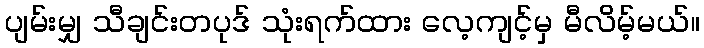
ပျမ်းမျှ သီချင်းတပုဒ် သုံးရက်ထား လေ့ကျင့်မှ မီလိမ့်မယ်။